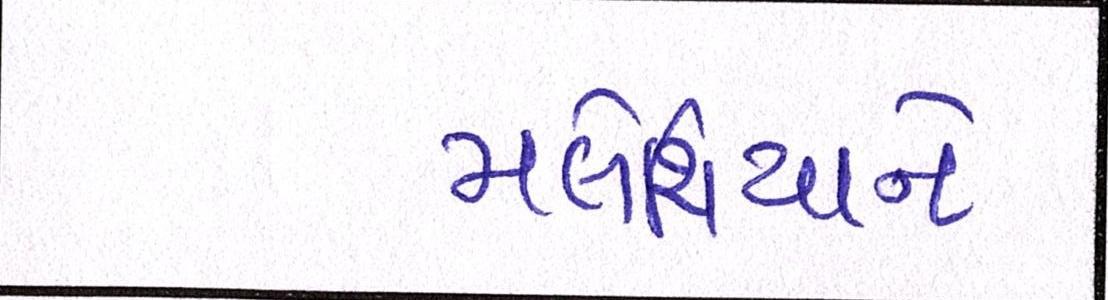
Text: મલેશિયાને